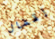
إقفال